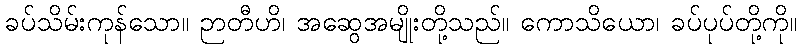
ခပ်သိမ်းကုန်သော။ ဉာတီဟိ၊ အဆွေအမျိုးတို့သည်။ ကောသိယော၊ ခပ်ပုပ်တို့ကို။